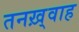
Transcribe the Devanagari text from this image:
तनख़्वाह